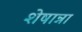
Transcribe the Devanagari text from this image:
शेषान्ना